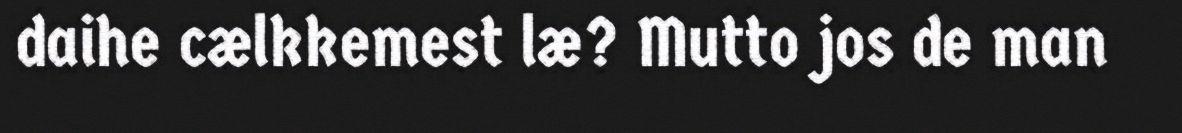
daihe cælkkemest læ? Mutto jos de man